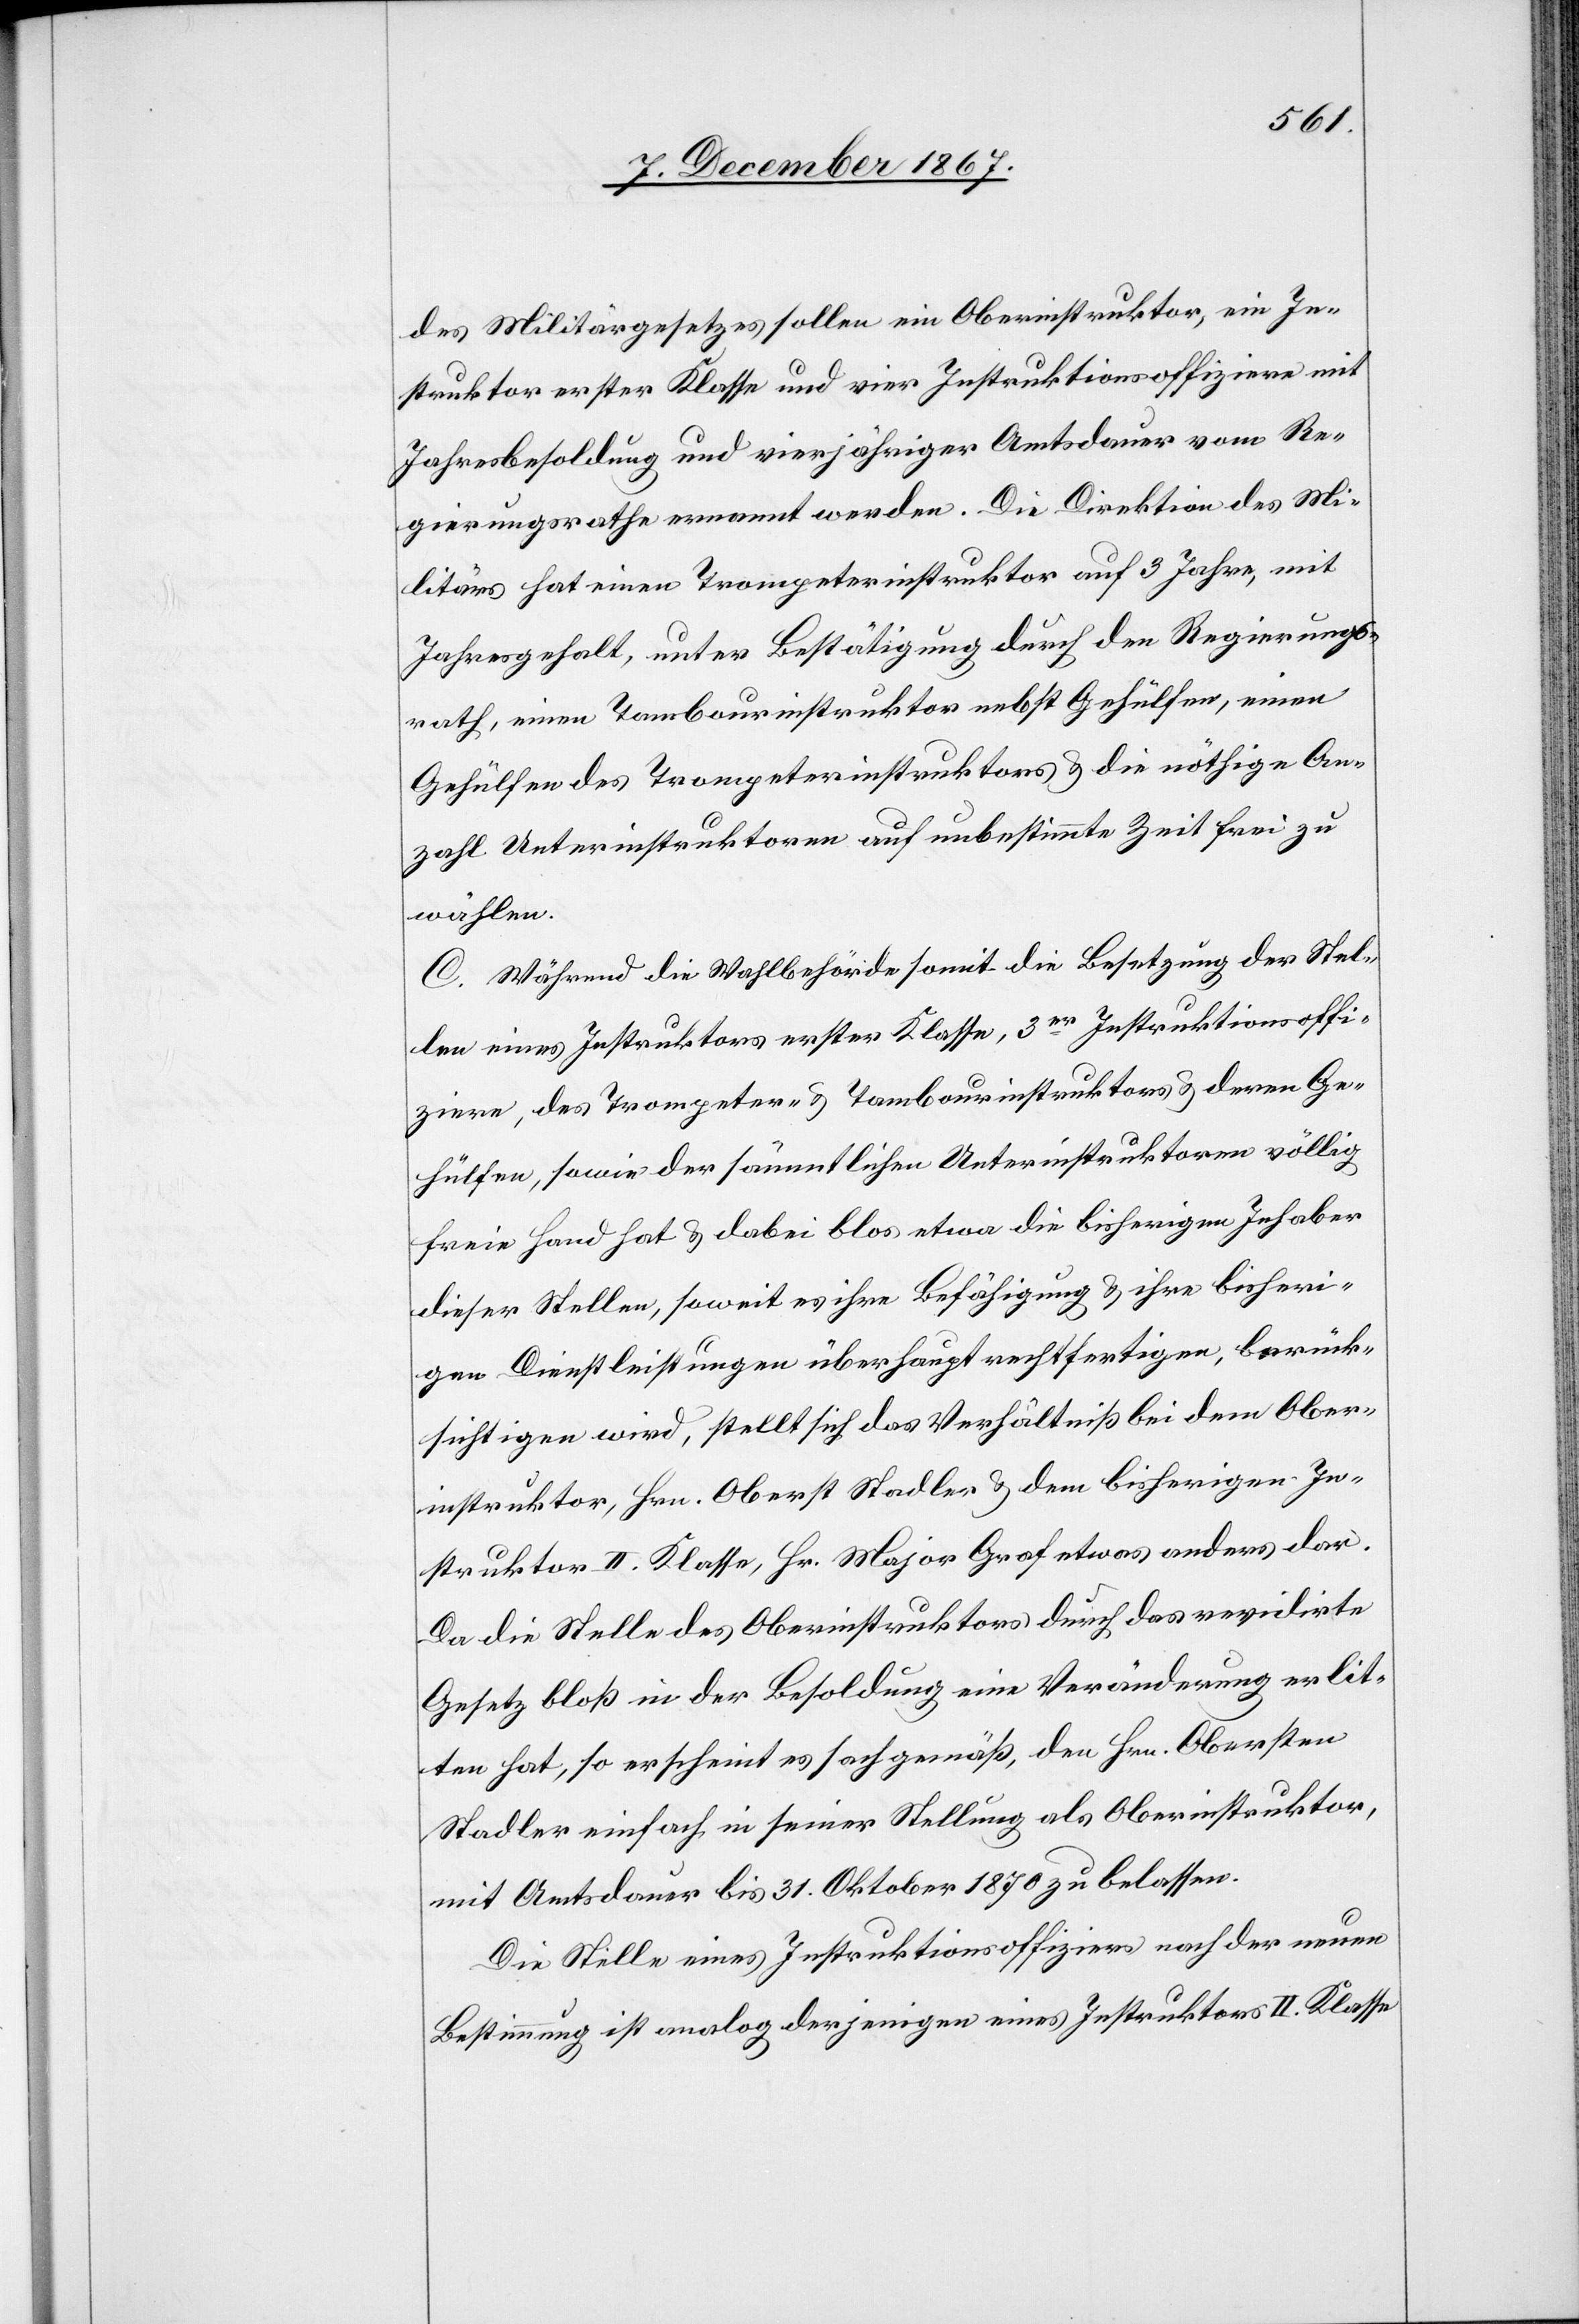
des Militärgesetzes sollen ein Oberinstruktor, ein In¬
struktor erster Klasse und vier Instruktionsoffiziere mit
Jahresbesoldung und vierjähriger Amtsdauer vom Re¬
gierungsrathe ernannt werden. Die Direktion des Mi¬
litärs hat einen Trompeterinstruktor auf 3 Jahre, mit
Jahresgehalt, unter Bestätigung durch den Regierungs¬
rath, einen Tamourinstruktor u. die nöthige An¬
zahl Unterinstruktoren auf unbestimmte Zeit frei zu
wählen.
C. Während die Wahlbehörde somit die Besetzung der Stel¬
len eines Instruktors erster Klasse, 3er Instruktionsoffi¬
ziere, des Trompeter- u. Tambourinstruktors u. deren Ge¬
hülfen, sowie der sämmtlichen Unterinstruktoren völlig
freie Hand hat [sic!] u. dabei blos etwa die bisherigen Inhaber
dieser Stellen, soweit es ihre Befähigung u. ihre bisheri¬
gen Dienstleistungen überhaupt rechtfertigen, berück¬
sichtigen wird, stellt sich das Verhältniß bei dem Ober¬
instruktor, Hrn. Oberst Stadler u. dem bisherigen In¬
struktor II. Klasse, Hr. Major Graf etwas anders dar.
Da die Stelle des Oberinstruktors durch das revidirte
Gesetz bloß in der Besoldung eine Veränderung erlit¬
ten hat, so erscheint es sachgemäß, den Hrn. Obersten
Stadler einfach in seiner Stellung als Oberinstruktor
mit Amtsdauer bis 31. Oktober 1870 zu belassen.
Die Stelle eines Instruktionsoffiziers nach der neuen
Bestimmung ist analog derjenigen eines Instruktors II. Klasse